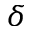
\delta